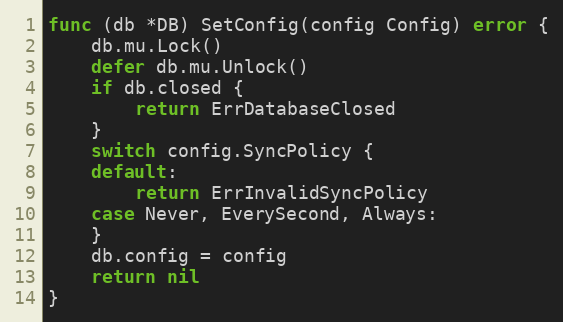
Language: Go
func (db *DB) SetConfig(config Config) error {
	db.mu.Lock()
	defer db.mu.Unlock()
	if db.closed {
		return ErrDatabaseClosed
	}
	switch config.SyncPolicy {
	default:
		return ErrInvalidSyncPolicy
	case Never, EverySecond, Always:
	}
	db.config = config
	return nil
}